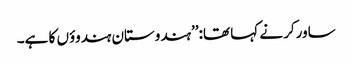
ساورکر نے کہا تھا:’’ہندوستان ہندوؤں کا ہے۔